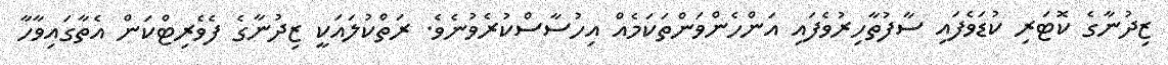
ޒިދުނާގެ ކޮޓަރި ކުޑަވެފައި ސާފުތާހިރުވެފައި އަންހެންވަންތަކަމެއް އިހުސާސްކުރެވުނެވެ. ރަތްކުލައަކީ ޒިދުނާގެ ފެވެރިޓްކަން އެތާގައިވާހާ